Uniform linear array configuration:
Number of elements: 32
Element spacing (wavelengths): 0.25
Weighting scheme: blackman
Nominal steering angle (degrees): -30
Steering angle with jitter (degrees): -28.151
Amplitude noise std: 0.05
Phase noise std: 0.05

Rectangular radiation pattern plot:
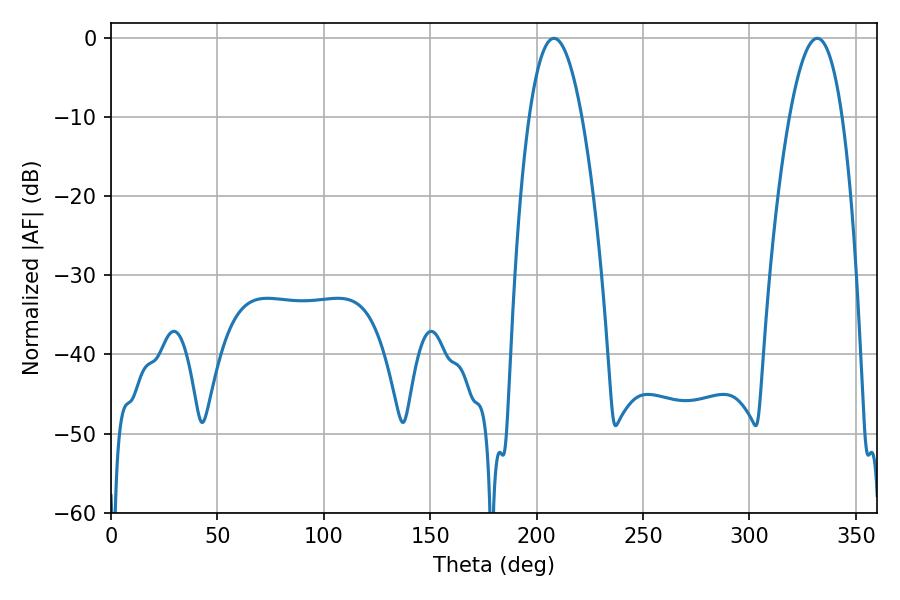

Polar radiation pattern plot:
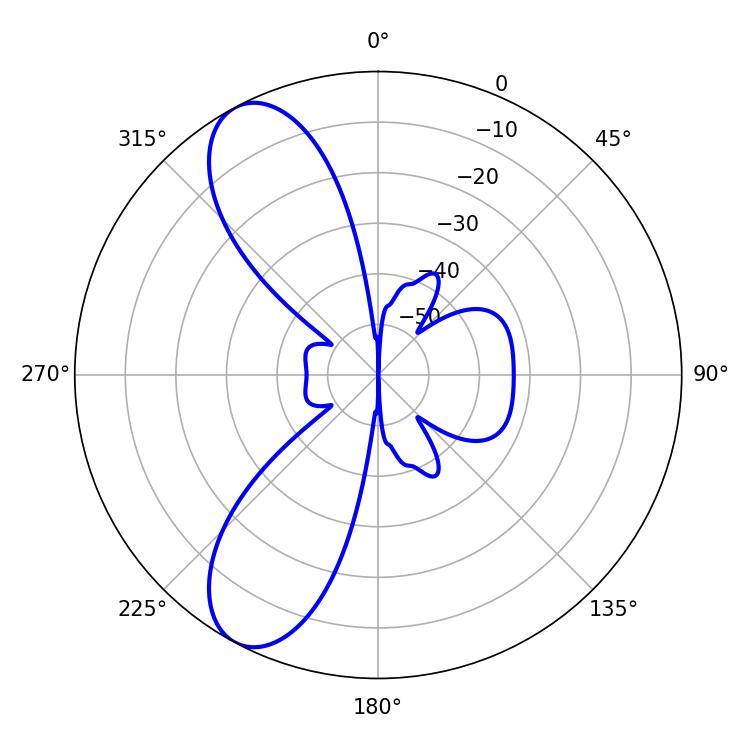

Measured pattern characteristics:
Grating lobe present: FALSE
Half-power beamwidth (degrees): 13.5
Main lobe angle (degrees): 208.08